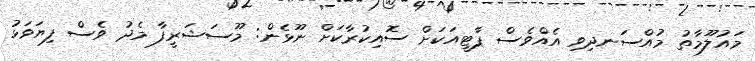
މައުލޫމާތު މުއްސަނދިވި އެއްވެސް ޕާޓީއަކަށް ސޮއިކުރާކަށް ނޫޅެން: މޫސަޝަރީފާ މެދު ވެސް ފިޔަވަޅު